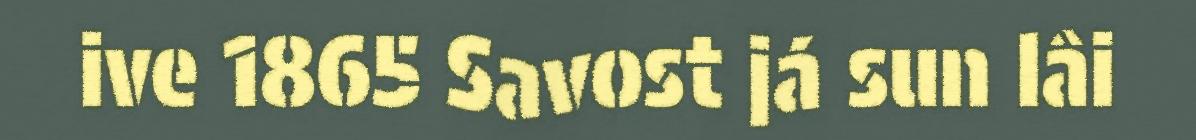
ive 1865 Savost já sun lâi